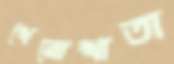
খেরোখাতা